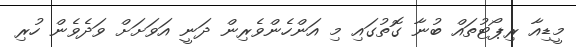
މީޑިއާ ރިޕޯޓުތައް ބުނާ ގޮތުގައި މި އަންހެންވެރިން ދަނީ އަވަށަށް ވަދެވެން ހުރި